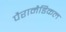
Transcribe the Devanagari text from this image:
पैरामैडिकल